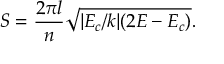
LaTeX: S = \frac { 2 \pi l } { n } \sqrt { | E _ { c } / k | ( 2 E - E _ { c } ) } .